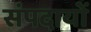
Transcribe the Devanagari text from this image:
संपदायों